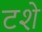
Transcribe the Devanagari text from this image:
टशे